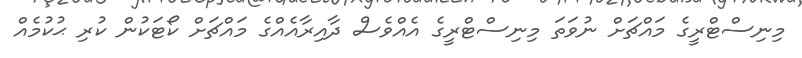
މިނިސްޓްރީގެ މައްޗަށް ނުވަތަ މިނިސްޓްރީގެ އެއްވެސް ދާއިރާއެއްގެ މައްޗަށް ކޯޓަކުން ކުރި ޙުކުމެއް